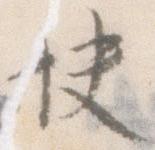
快